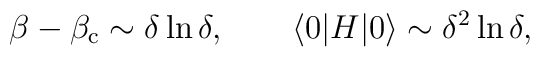
\beta - \beta_{\rm c} \sim  \delta \ln \delta, \qquad\langle 0 | H | 0 \rangle \sim \delta^2 \ln \delta,